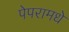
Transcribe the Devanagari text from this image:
पेपरामधे